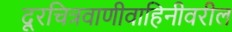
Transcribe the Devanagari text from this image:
दूरचित्रवाणीवाहिनीवरील